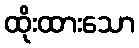
ထိုးထားသော